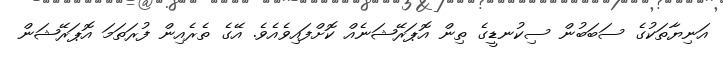
އަނިޔާތަކުގެ ސަބަބުން ސިކުނޑީގެ ތިން އޮޕަރޭޝަނެއް ކޮށްފައިވެއެވެ. އޭގެ ތެރެއިން ފުރަތަމަ އޮޕަރޭޝަން